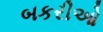
બકરીઓ